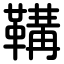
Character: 鞲